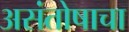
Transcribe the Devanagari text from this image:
असंतोषाचा